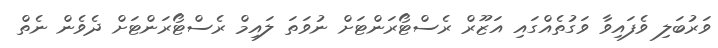
ވަރުބަލި ވެފައިވާ ވަގުތެއްގައި އަޒޫރް ރެސްޓޯރަންޓަށް ނުވަތަ ލައިމް ރެސްޓޯރަންޓަށް ދެވެން ނެތް